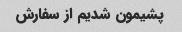
پشیمون شدیم از سفارش